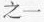
之一